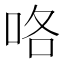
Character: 咯